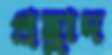
প্রহ্লাদ